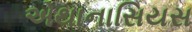
એથાનાસિયસ